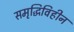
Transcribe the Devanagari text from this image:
समृद्धिविहीन